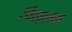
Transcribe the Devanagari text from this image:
चिल्लम